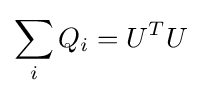
\sum _{i}Q_{i}=U^{T}U